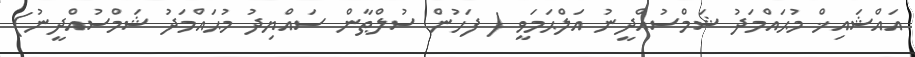
އައްޝައިޚް މުޙައްމަދު ޝަމްސުއްދީނު އަލްޙަމަވީ ( ފަހުން ސުލްޠާން ސައްޔިދު މުޙައްމަދު ޝަމްސުއްދީނު)